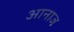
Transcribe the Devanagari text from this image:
आनाज